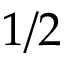
1 / 2